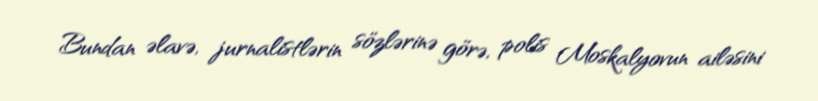
Bundan əlavə, jurnalistlərin sözlərinə görə, polis Moskalyovun ailəsini